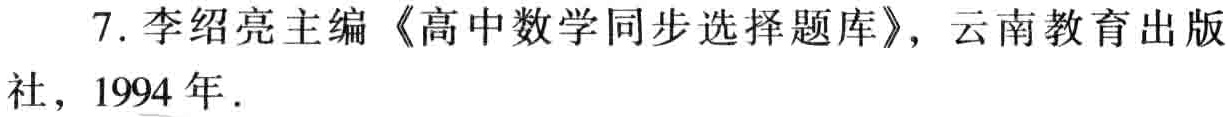
7. 李绍亮主编《高中数学同步选择题库》，云南教育出版社，1994 年.